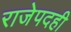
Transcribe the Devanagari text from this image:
राजेपदही